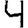
Digit: 4